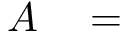
{ \cal A } \quad = \quad